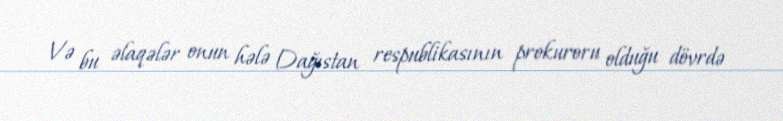
Və bu əlaqələr onun hələ Dağıstan respublikasının prokuroru olduğu dövrdə